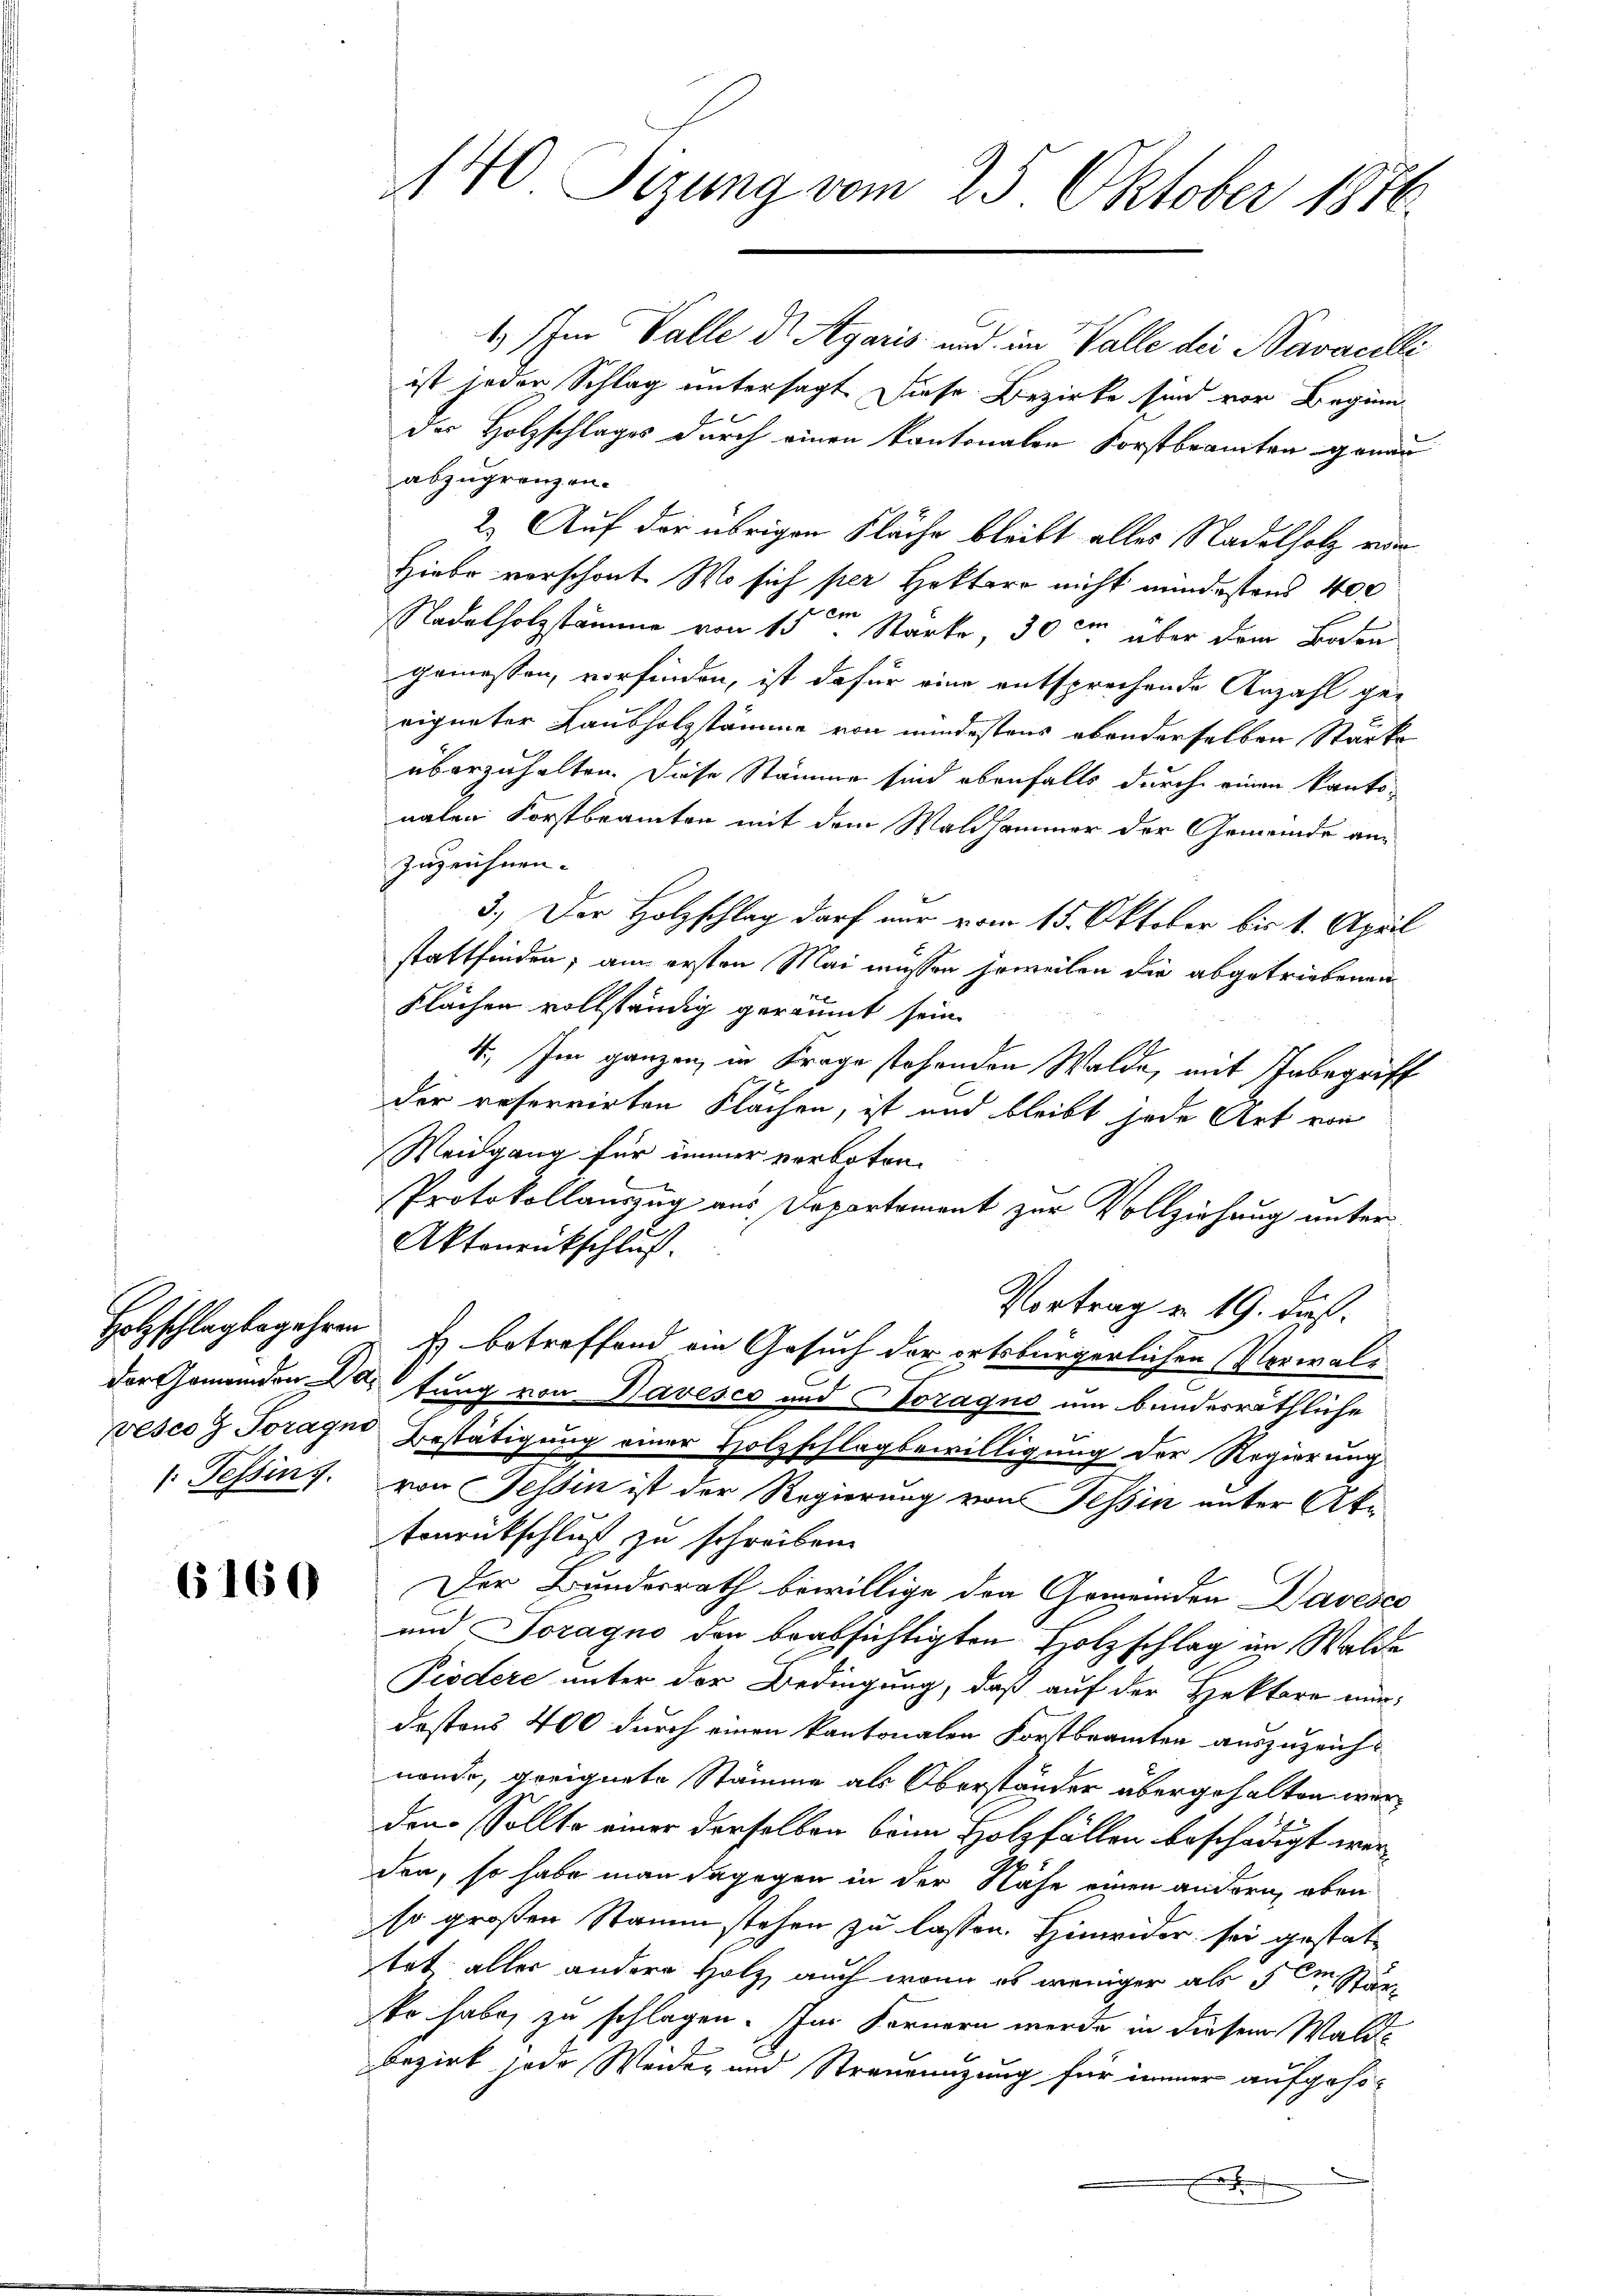
: Tessin f

6160

140 Sizung vom 25. Oktober 1876.

1. Im Valle der Agaris und im Valle der Savacilli
ist jeder Schlag untersagt. Diese Bezirke sind vor Beginn-
der Holzschlages durch einen kantonalen Forstbeamten genau
abzugränzen.
2.) Auf der übrigen Fläche bleibt alles Nadelholz von
Hiebe vorschont. Wo sich per Hettero nicht mindestens 400
Nadelholzstämme von 15ten Starke, 30 cm über dem Boden
gemessen, vorfinden, ist dafür eine entsprechende Anzahl ge-
eigneter Laubholzstämme von mindestens abanderselben Stärke
überzuhalten. Diese Stämme sind ebenfalls durch einen kantonalen Forstbeamten mit dem Waldhammer der Gemeinde anzuzeichnen.
3.) Der Holzschlag darf nur vom 15. Oktober bis 1. April
stattfinden; am ersten Mai müssen jeweilen die abgetriebenen
Flächen vollständig geräumt sein.
4. Im ganzen, in Frage stehenden Walde, mit Inbegriff
der reservirten Flächen, ist und bleibt jede Art von
Weidgang für immer verboten.
Protokollauszug aus Departement zur Vollziehung unter
Aktonrückschluß.
Vortrag u. 19. daß.
Holzschlagbegehren. Es betreffend ein Gesuch der ortsbürgerlichen Verwalder Gemeinden Dortung von Havesco und Toragne um bundesräthliche
vesco 2 Toragno Bestätigung einer Holzschlagbewilligung der Regierung
von Tessin ist der Regierung von Tessin unter Akatonrütschluß zu schreiben.
Der Bundesrath bewillige den Gemeinden Daveses
und Soragno der beabsichtigten Holzschlag im Walde
Pivdere unter der Bedingung, daß auf der Hektore mir
destens 400 durch einen kantonalen Forstbeamten auszuzeichnende, geeignete Stämme als Oberständer übergehalten werden Sollte einer derselben beim Holzfällen beschädigt werden, so habe man dagegen in der Nähe einen andern, oben
so großen Stamm stehen zu lassen. Hinwider sei gestattet alles andere Holz auch wenn es weniger als dem Stär
ko habe, zu schlagen. Im Fernern werde in diesem Wald-
bezirk jede Weider und Strauengung für immer aufgeho¬
.